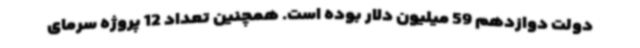
دولت دوازدهم 59 میلیون دلار بوده است. همچنین تعداد 12 پروژه سرمای